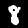
Digit: 8